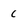
Character: c